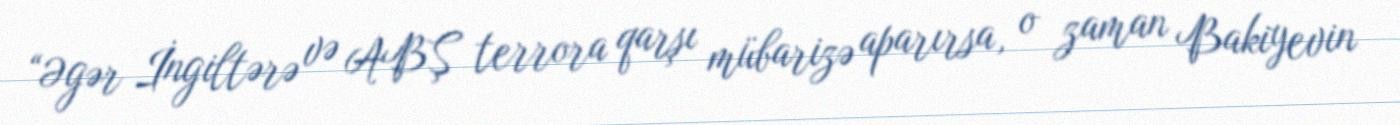
“Əgər İngiltərə və ABŞ terrora qarşı mübarizə aparırsa, o zaman Bakiyevin